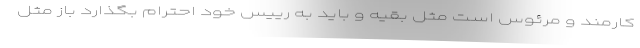
کارمند و مرئوس است مثل بقیه و باید به رییس خود احترام بگذارد باز مثل